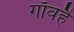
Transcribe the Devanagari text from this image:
गाँवहै